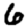
Digit: 6